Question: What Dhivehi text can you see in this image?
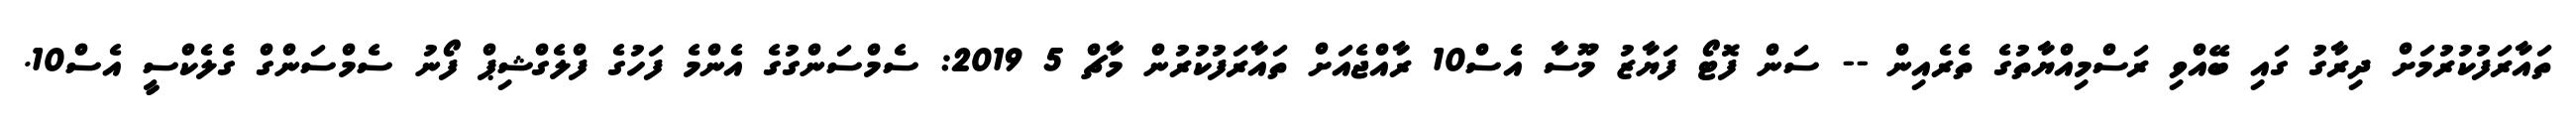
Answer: ތައާރަފުކުރުމަށް ދިރާގު ގައި ބޭއްވި ރަސްމިއްޔާތުގެ ތެރެއިން -- ސަން ފޮޓޯ ފަޔާޒު މޫސާ އެސް10 ރާއްޖެއަށް ތައާރަފުކުރުން މާޗް 5 2019: ސެމްސަންގުގެ އެންމެ ފަހުގެ ފްލެގްޝިޕް ފޯނު ސެމްސަންގް ގެލެކްސީ އެސް10.